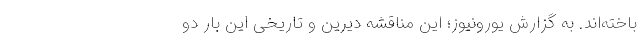
باخته‌اند. به گزارش یورونیوز؛ این مناقشه دیرین و تاریخی این بار دو